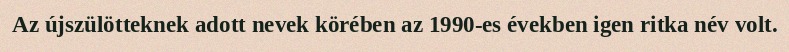
Az újszülötteknek adott nevek körében az 1990-es években igen ritka név volt.